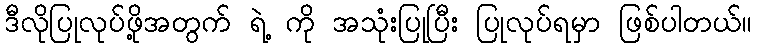
ဒီလိုပြုလုပ်ဖို့အတွက် ရဲ့ ကို အသုံးပြုပြီး ပြုလုပ်ရမှာ ဖြစ်ပါတယ်။